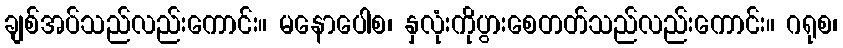
ချစ်အပ်သည်လည်းကောင်း။ မနောပေါစ၊ နှလုံးကိုပွားစေတတ်သည်လည်းကောင်း။ ဂရုစ၊